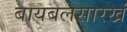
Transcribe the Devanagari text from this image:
बायबलसारखं